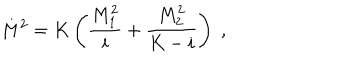
M ^ { 2 } = K \left( \frac { M _ { 1 } ^ { 2 } } { i } + \frac { M _ { 2 } ^ { 2 } } { K - i } \right) \; ,